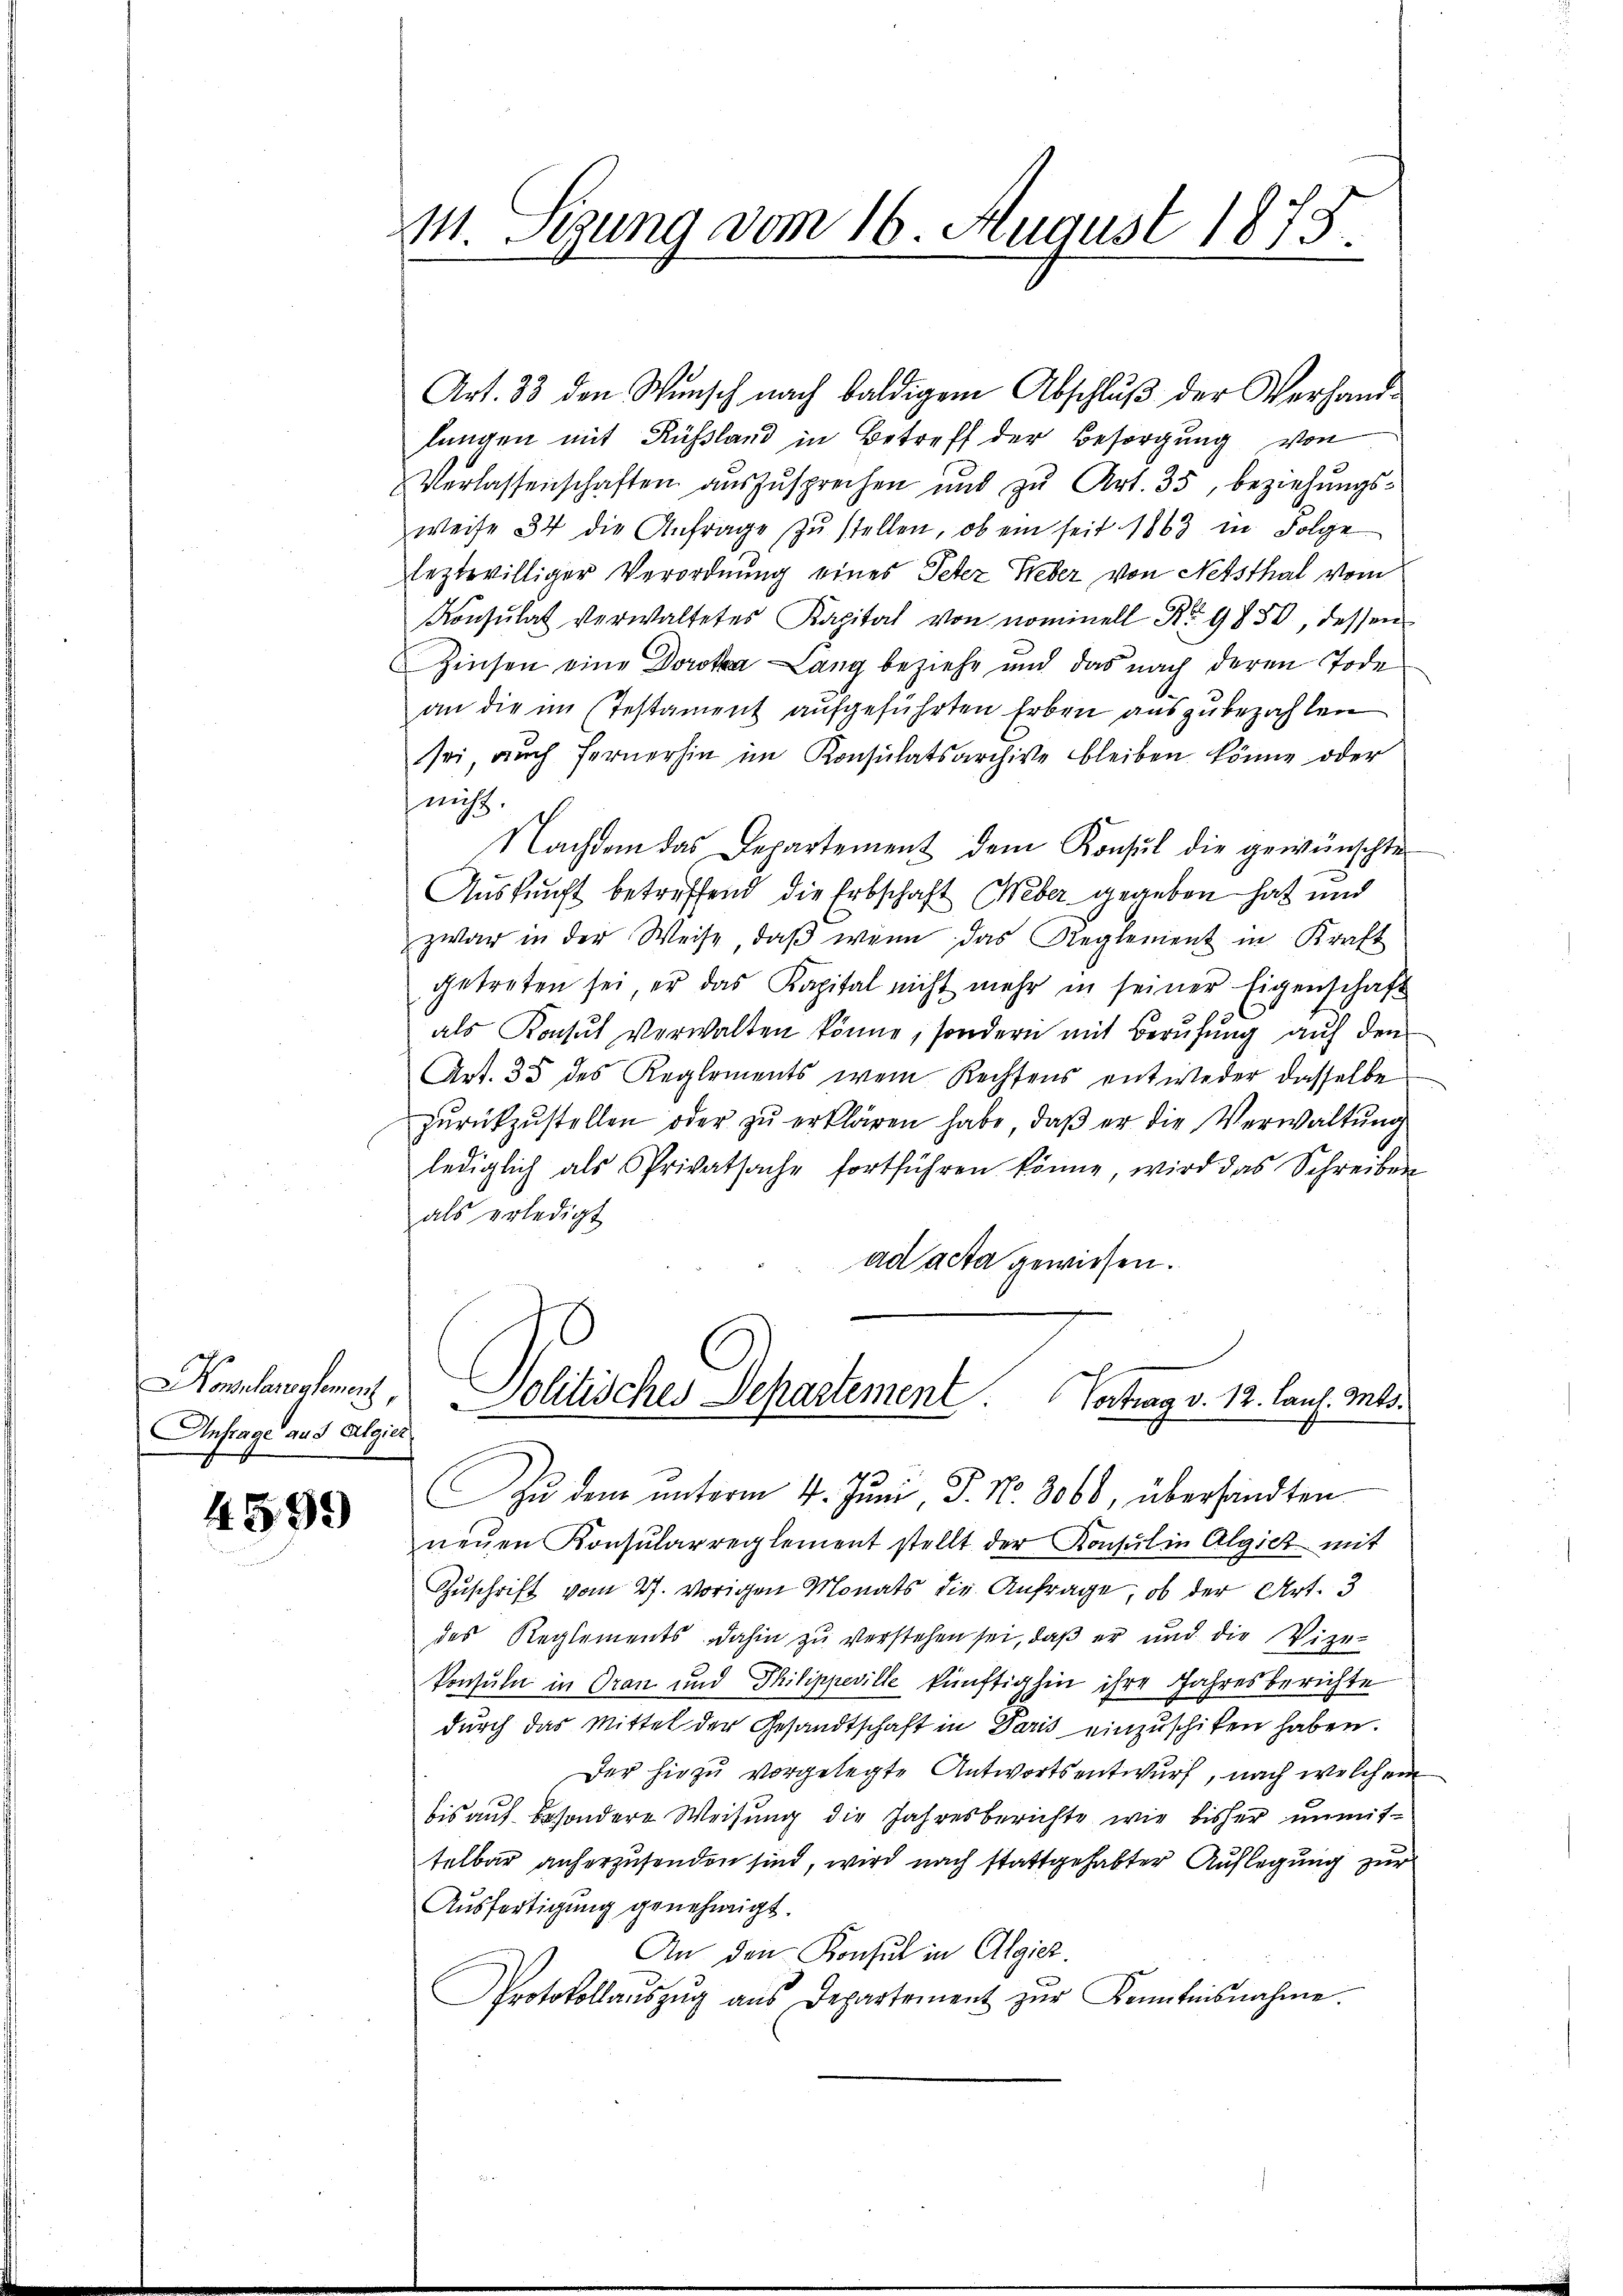
onsplanalement,
Anfrage aus Algier

4599

M. Sigung vom 16. August 1873.

Art. 33 den Wunsch nach baldigem Abschluß der Verhandlungen mit Russland in Betreff der Besorgung von
Verlassenschaften aŭszŭsprechen und zŭ Art. 35, beziehŭngs-
weise 34 die Anfrage zŭ stellen, ob ein seit 1863 in Folge
leztwilliger Verordnung eines Peter Weber von Netsthal vom
Konsulat verwaltetes Kapital von nominell No 9850, dessen
Zinsen eine Doroka Lang beziehe und das nach deren Tode
an die im Testament aufgeführten Erben auszubezahlen
sei auch fernerhin im Konsulatsarchive bleiben könne oder
nicht.
Nachdem das Departement dem Konsul die gewünschte
Auskunft betreffend die Erbschaft Weber gegeben hat und
zwar in der Weise, daβ wenn das Reglement in Kraft
getreten sei, er das Kapital nicht mehr in seiner Eigenschaft
als Konsul verwalten könne, sondern mit Berufung auf den
Art. 35 des Reglements wen Rechtens entweder dasselbe
zŭrückzŭstellen oder zŭ erklären habe, daβ er die Verwaltŭng
lediglich als Privatsache fortführen könne, wird das Schreiben
als erledigt
ad acta gewiesen.
Politisches Departement Contrag v. 12. lauf. Mts.
Zŭ dem ŭnterm 4. Juni, P. Nr. 3060, übersandten
neŭen Konsularreglement stellt der Konsul in Algich mit
Zŭschrift vom 27. vorigen Monats die Anfrage, ob der Art. 3
des Reglements dahin zŭ verstehen sei, daß er und die Vize-
Vonsuln in Oran und Philippeville künftighin ihre Jahresberichte
durch das Mittel der Gesandtschaft in Paris einzuschiken haben.
Der hiezu vorgelegte Antwortsentwurf, nach welchem
bis auf besondere Weisung die Jahresberichte wie bisher unmittelbar anherzusenden sind, wird nach stattgehabter Auflegung zur
Ausfertigung genehmigt.
An den Konsul in Algiez.
Protokollaŭszŭg aŭs Departement zŭr Kenntnisnahme.

d